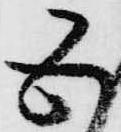
五